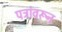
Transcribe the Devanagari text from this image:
पत्रांवरून